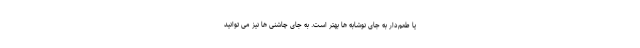
یا طعم‌دار به جای نوشابه ها بهتر است. به جای چاشنی ها نیز می توانید